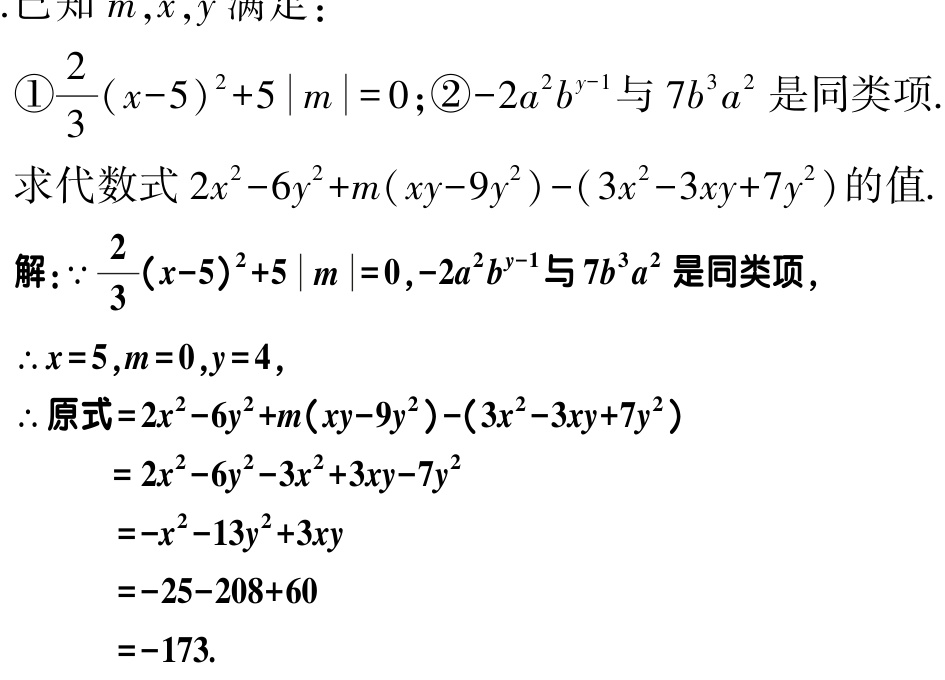
已知\(m,x,y\)满足：

\textcircled{1}\(\frac{2}{3}(x - 5)^2 + 5|m| = 0\)；\textcircled{2}\(-2a^2b^{y - 1}\)与\(7b^3a^2\)是同类项.

求代数式\(2x^2 - 6y^2 + m(xy - 9y^2) - (3x^2 - 3xy + 7y^2)\)的值.

解：\(\because\frac{2}{3}(x - 5)^2 + 5|m| = 0\)，\(-2a^2b^{y - 1}\)与\(7b^3a^2\)是同类项，

\(\therefore x = 5\)，\(m = 0\)，\(y = 4\)，

\(\therefore\)原式\(=2x^2 - 6y^2 + m(xy - 9y^2) - (3x^2 - 3xy + 7y^2)\)

\(= 2x^2 - 6y^2 - 3x^2 + 3xy - 7y^2\)

\(=-x^2 - 13y^2 + 3xy\)

\(=-25 - 208 + 60\)

\(=-173\).